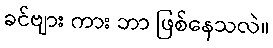
ခင်ဗျား ကား ဘာ ဖြစ်နေသလဲ။